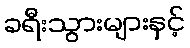
ခရီးသွားများနှင့်